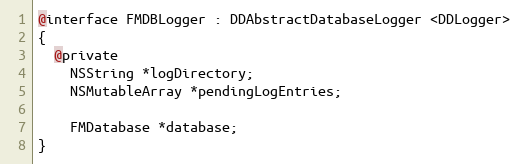
Language: C
@interface FMDBLogger : DDAbstractDatabaseLogger <DDLogger>
{
  @private
    NSString *logDirectory;
    NSMutableArray *pendingLogEntries;

    FMDatabase *database;
}